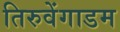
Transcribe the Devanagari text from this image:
तिरुवेंगाडम